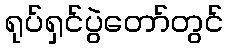
ရုပ်ရှင်ပွဲတော်တွင်